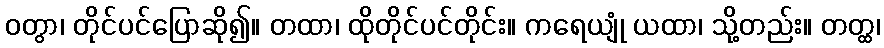
ဝတွာ၊ တိုင်ပင်ပြောဆို၍။ တထာ၊ ထိုတိုင်ပင်တိုင်း။ ကရေယျုံ ယထာ၊ သို့တည်း။ တတ္ထ၊